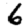
Digit: 6